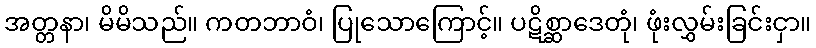
အတ္တနာ၊ မိမိသည်။ ကတဘာဝံ၊ ပြုသောကြောင့်။ ပဋိစ္ဆာဒေတုံ၊ ဖုံးလွှမ်းခြင်းငှာ။